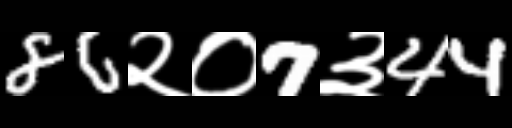
Text: 86२०7३44